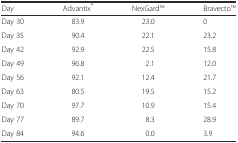
| Day | Advantix® | NexGardTM | BravectoTM |
 | --- | --- | --- | --- |
 | Day 30 | 83.9 | 23.0 | 0 |
 | Day 35 | 90.4 | 22.1 | 23.2 |
 | Day 42 | 92.9 | 22.5 | 15.8 |
 | Day 49 | 96.8 | 2.1 | 12.0 |
 | Day 56 | 92.1 | 12.4 | 21.7 |
 | Day 63 | 80.5 | 19.5 | 15.2 |
 | Day 70 | 97.7 | 10.9 | 15.4 |
 | Day 77 | 89.7 | 8.3 | 28.9 |
 | Day 84 | 94.6 | 0.0 | 3.9 |